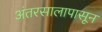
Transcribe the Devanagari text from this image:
अंतरसालापासून